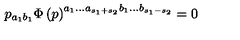
p _ { a _ { 1 } b _ { 1 } } \Phi \left( p \right) ^ { a _ { 1 } . . . a _ { s _ { 1 } + s _ { 2 } } b _ { 1 } . . . b _ { s _ { 1 } - s _ { 2 } } } = 0